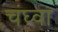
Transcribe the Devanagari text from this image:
चंघ्वा